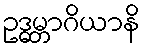
ဥဒ္ဓမ္ဘာဂိယာနိ